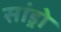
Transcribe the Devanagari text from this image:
सांड्रो